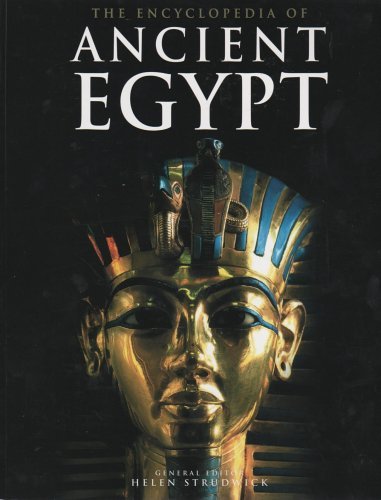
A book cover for The Encyclopedia of Ancient Egypt; Helen Strudwick; History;